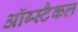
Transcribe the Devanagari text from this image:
ऑब्स्टैकल